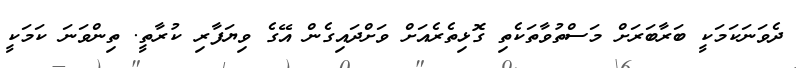
ދެވަނަކަމަކީ ބަރާބަރަށް މަސްތުވާތަކެތި ގޮޅިތެރެއަށް ވަށްދައިގެން އޭގެ ވިޔަފާރި ކުރާތީ. ތިންވަނަ ކަމަކީ